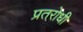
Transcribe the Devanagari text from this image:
प्रतरोधी